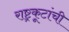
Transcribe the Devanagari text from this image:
राष्ट्रकूटांची